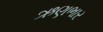
ઋણભાર